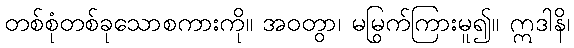
တစ်စုံတစ်ခုသောစကားကို။ အဝတွာ၊ မမြွက်ကြားမူ၍။ ဣဒါနိ၊